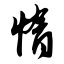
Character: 惰